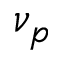
\nu _ { p }